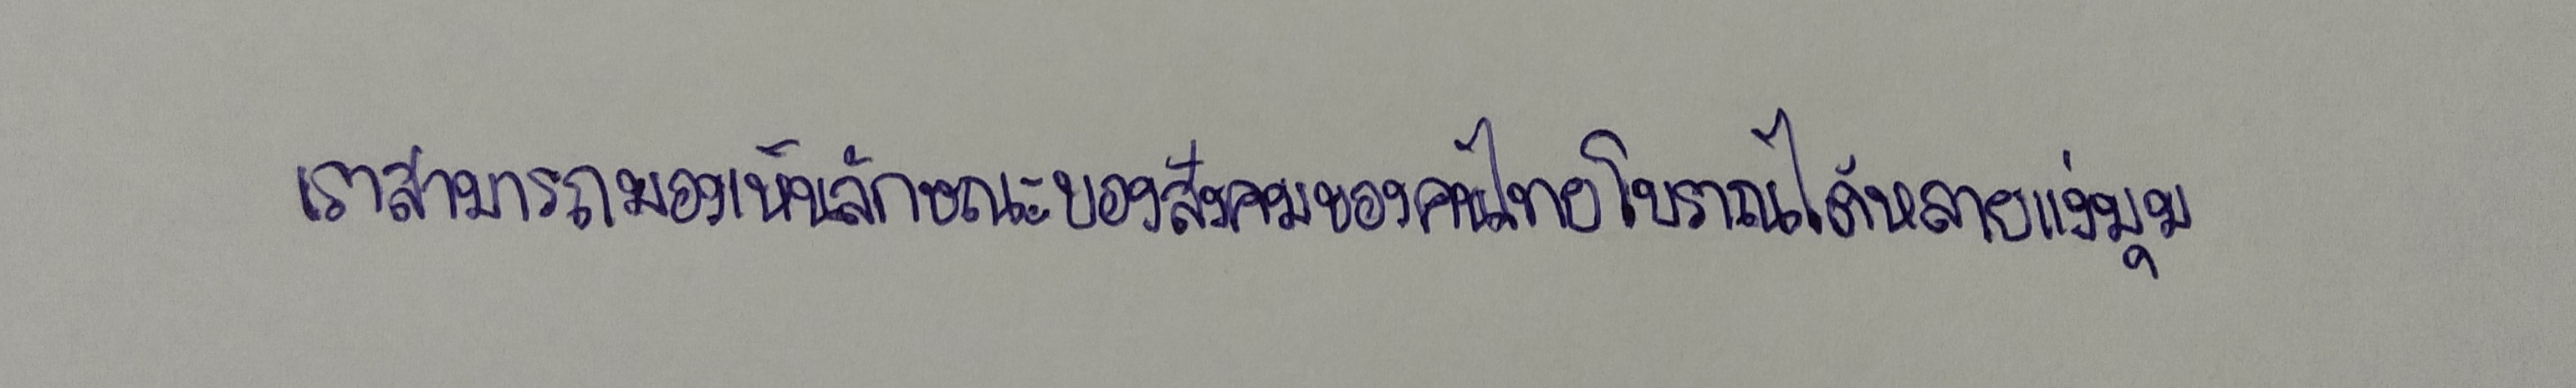
เราสามารถมองเห็นลักษณะของสังคมของคนไทยโบราณได้หลายแง่มุม